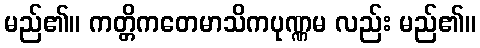
မည်၏။ ကတ္တိကတေမာသိကပုဏ္ဏမ လည်း မည်၏။